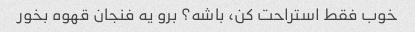
خوب فقط استراحت کن، باشه؟ برو یه فنجان قهوه بخور